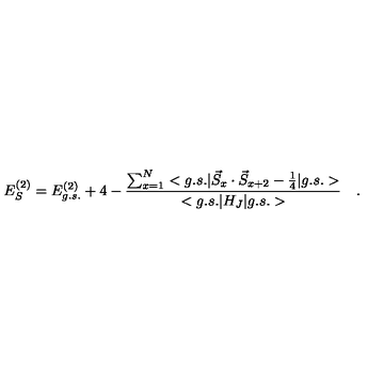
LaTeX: E _ { S } ^ { ( 2 ) } = E _ { g . s . } ^ { ( 2 ) } + 4 - \frac { \sum _ { x = 1 } ^ { N } < g . s . | \vec { S } _ { x } \cdot \vec { S } _ { x + 2 } - \frac { 1 } { 4 } | g . s . > } { < g . s . | H _ { J } | g . s . > } \quad .